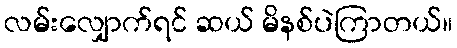
လမ်းလျှောက်ရင် ဆယ် မိနစ်ပဲကြာတယ်။